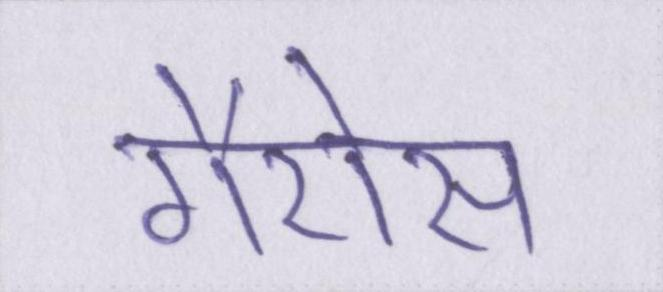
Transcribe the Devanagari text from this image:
गैरोस